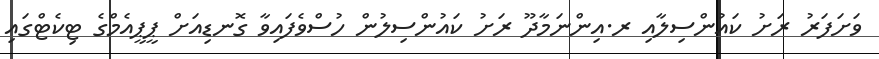
ވަށަފަރު ރަށު ކައުންސިލާއި ރ.އިންނަމާދޫ ރަށު ކައުންސިލުން ހުސްވެފައިވާ ގޮނޑިއަށް ޕީޕީއެމްގެ ޓިކެޓްގައި